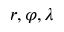
r , \varphi , \lambda